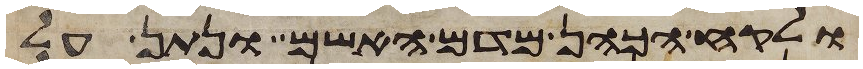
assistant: ולקח הכהן מדם האשם ונתן על